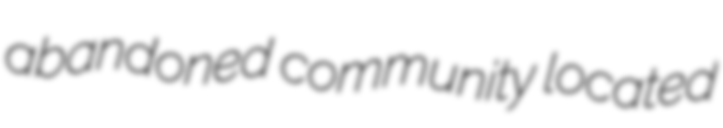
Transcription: abandoned community located